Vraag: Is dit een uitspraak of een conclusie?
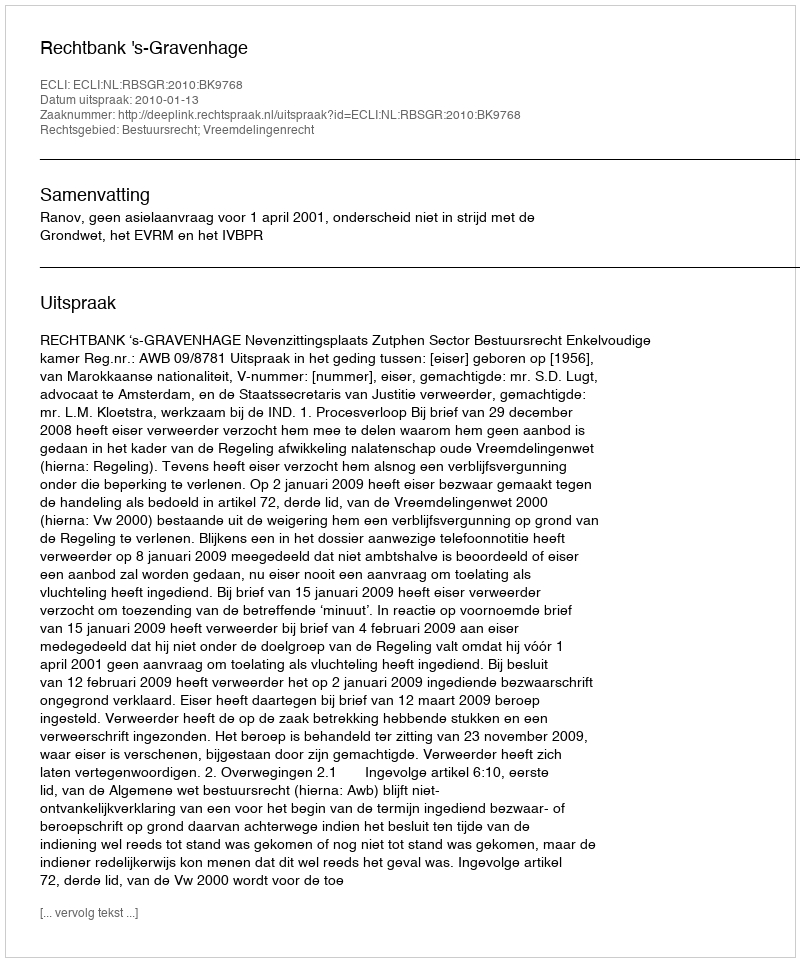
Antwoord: Uitspraak